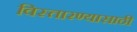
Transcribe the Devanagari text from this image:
विस्तारण्यासाठी